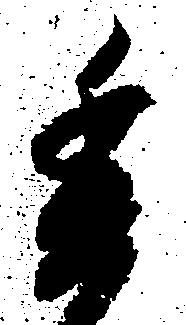
委